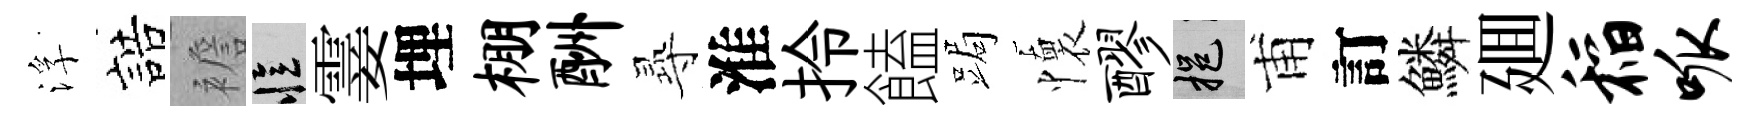
浮誥襜忆霎埋棚酬𡬶淮拎饁跼懷醪挹甫訂鱗廽稻呱